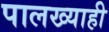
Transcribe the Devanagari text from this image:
पालख्याही